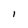
Character: l